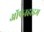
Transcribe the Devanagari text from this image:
ऑपेनहाइम